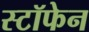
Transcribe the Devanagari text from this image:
स्टॉफेन